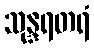
သုန္ဒရတရံ